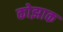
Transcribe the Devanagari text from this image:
कोझाक